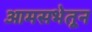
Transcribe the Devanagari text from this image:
आमसभेतून